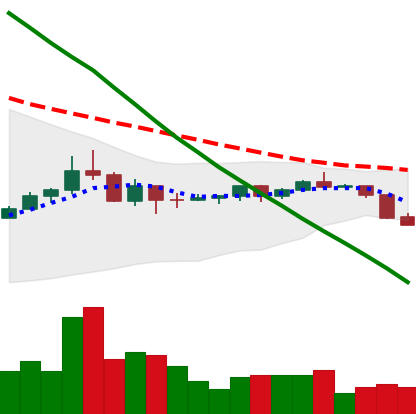
Ticker: DOGE-USD
Chart end date: 2022-07-12
Forward return: 5.026%
Label: up_5_7